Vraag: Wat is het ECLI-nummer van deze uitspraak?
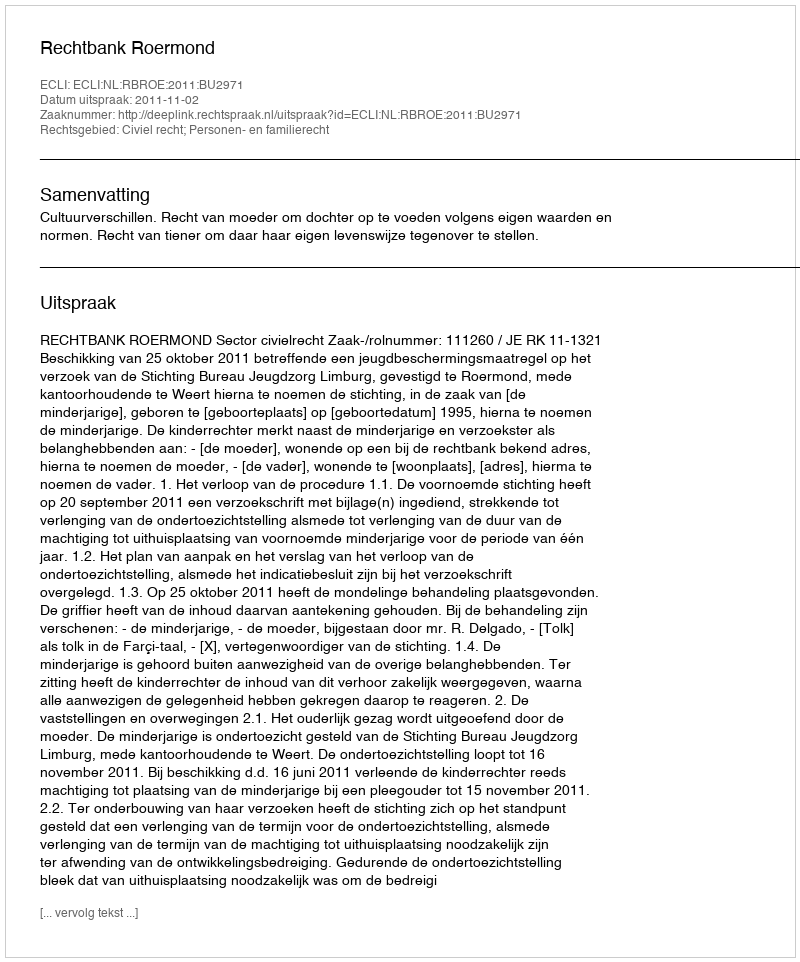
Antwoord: ECLI:NL:RBROE:2011:BU2971